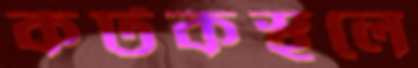
কটকস্থলে